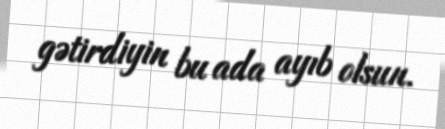
gətirdiyin bu ada ayıb olsun.